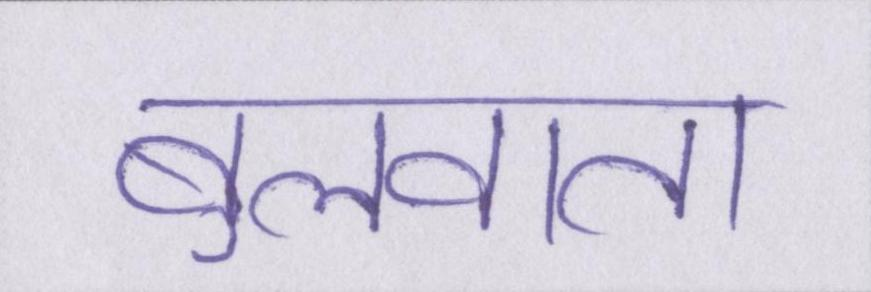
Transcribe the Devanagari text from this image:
बुलवाता